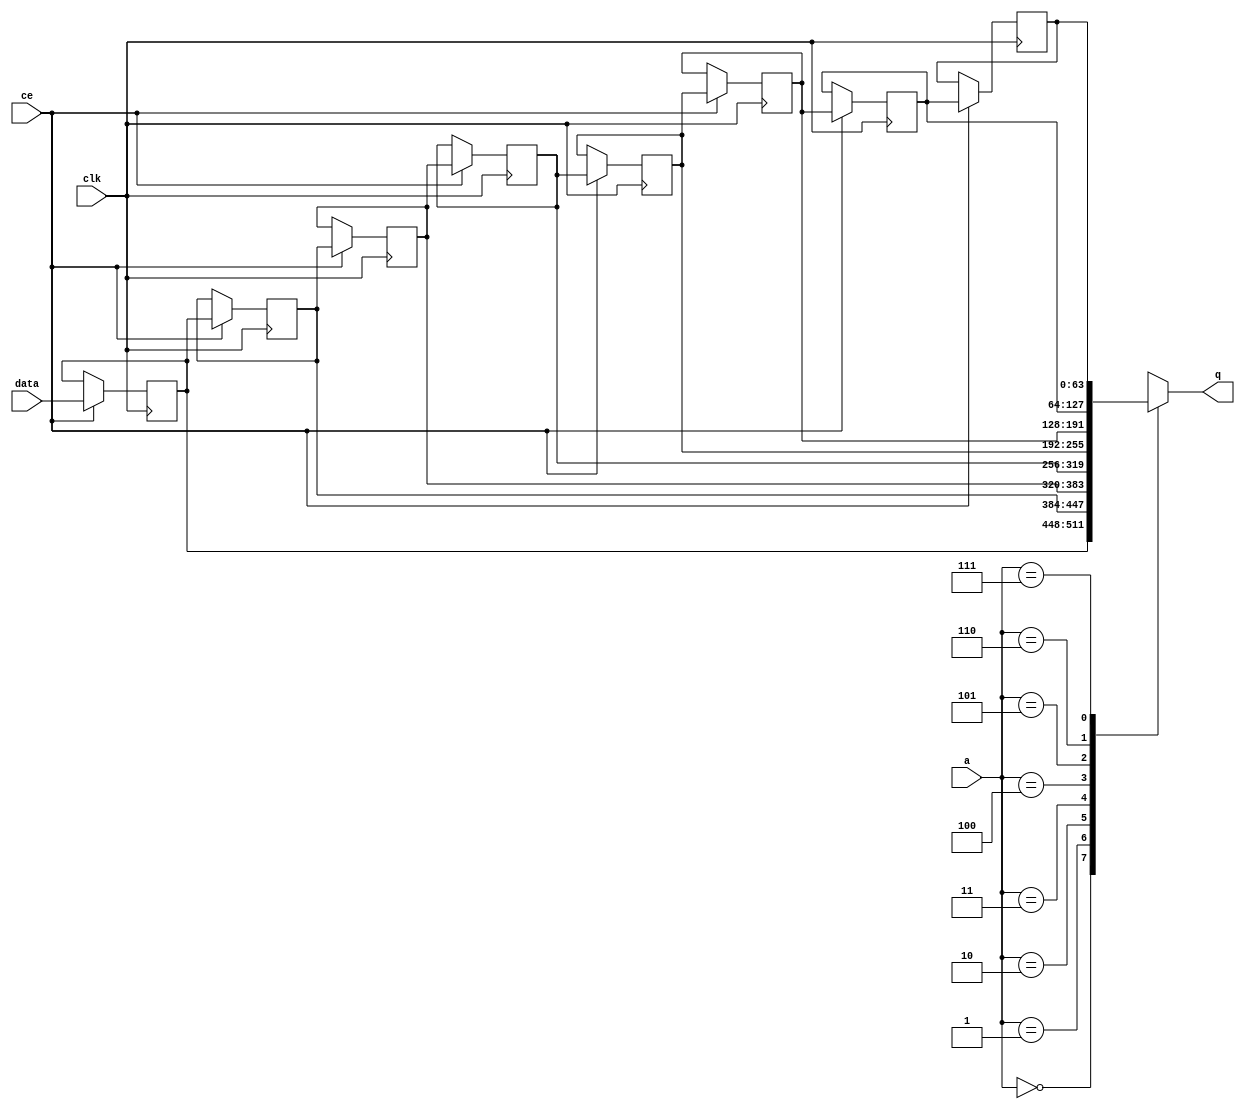
// ==============================================================
// Vitis HLS - High-Level Synthesis from C, C++ and OpenCL v2020.2 (64-bit)
// Copyright 1986-2020 Xilinx, Inc. All Rights Reserved.
// ==============================================================

`timescale 1 ns / 1 ps

module hyperloglog_top_fifo_w64_d8_S_x_shiftReg (
    clk,
    data,
    ce,
    a,
    q);

parameter DATA_WIDTH = 32'd64;
parameter ADDR_WIDTH = 32'd3;
parameter DEPTH = 4'd8;

input clk;
input [DATA_WIDTH-1:0] data;
input ce;
input [ADDR_WIDTH-1:0] a;
output [DATA_WIDTH-1:0] q;

reg[DATA_WIDTH-1:0] SRL_SIG [0:DEPTH-1];
integer i;

always @ (posedge clk)
    begin
        if (ce)
        begin
            for (i=0;i<DEPTH-1;i=i+1)
                SRL_SIG[i+1] <= SRL_SIG[i];
            SRL_SIG[0] <= data;
        end
    end

assign q = SRL_SIG[a];

endmodule

module hyperloglog_top_fifo_w64_d8_S_x (
    clk,
    reset,
    if_empty_n,
    if_read_ce,
    if_read,
    if_dout,
    if_full_n,
    if_write_ce,
    if_write,
    if_din);

parameter MEM_STYLE   = "shiftreg";
parameter DATA_WIDTH  = 32'd64;
parameter ADDR_WIDTH  = 32'd3;
parameter DEPTH       = 4'd8;

input clk;
input reset;
output if_empty_n;
input if_read_ce;
input if_read;
output[DATA_WIDTH - 1:0] if_dout;
output if_full_n;
input if_write_ce;
input if_write;
input[DATA_WIDTH - 1:0] if_din;

wire[ADDR_WIDTH - 1:0] shiftReg_addr ;
wire[DATA_WIDTH - 1:0] shiftReg_data, shiftReg_q;
wire                     shiftReg_ce;
reg[ADDR_WIDTH:0] mOutPtr = ~{(ADDR_WIDTH+1){1'b0}};
reg internal_empty_n = 0;
reg internal_full_n = 1;

assign if_full_n = internal_full_n;
assign if_empty_n = internal_empty_n;
assign shiftReg_data = if_din;
assign if_dout = shiftReg_q;

always @ (posedge clk) begin
    if (reset == 1'b1)
    begin
        mOutPtr <= ~{ADDR_WIDTH+1{1'b0}};
        internal_empty_n <= 1'b0;
        internal_full_n <= 1'b1;
    end
    else begin
        if (((if_read & if_read_ce) == 1 & internal_empty_n == 1) && 
            ((if_write & if_write_ce) == 0 | internal_full_n == 0))
        begin
            mOutPtr <= mOutPtr - 4'd1;
            if (mOutPtr == 4'd0)
                internal_empty_n <= 1'b0;
            internal_full_n <= 1'b1;
        end 
        else if (((if_read & if_read_ce) == 0 | internal_empty_n == 0) && 
            ((if_write & if_write_ce) == 1 & internal_full_n == 1))
        begin
            mOutPtr <= mOutPtr + 4'd1;
            internal_empty_n <= 1'b1;
            if (mOutPtr == DEPTH - 4'd2)
                internal_full_n <= 1'b0;
        end 
    end
end

assign shiftReg_addr = mOutPtr[ADDR_WIDTH] == 1'b0 ? mOutPtr[ADDR_WIDTH-1:0]:{ADDR_WIDTH{1'b0}};
assign shiftReg_ce = (if_write & if_write_ce) & internal_full_n;

hyperloglog_top_fifo_w64_d8_S_x_shiftReg 
#(
    .DATA_WIDTH(DATA_WIDTH),
    .ADDR_WIDTH(ADDR_WIDTH),
    .DEPTH(DEPTH))
U_hyperloglog_top_fifo_w64_d8_S_x_ram (
    .clk(clk),
    .data(shiftReg_data),
    .ce(shiftReg_ce),
    .a(shiftReg_addr),
    .q(shiftReg_q));

endmodule